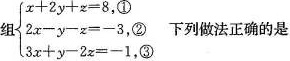
组$$\left\{\begin{matrix}x+2y+z=8,①\\ 2x-y-z=-3②\\3x+y-2x=-1,③\end{matrix}\right.$$下列做法正确的是